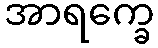
အာရက္ခေ